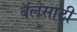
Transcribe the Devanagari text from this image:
बॅलेसाठी